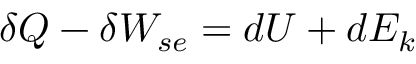
\delta Q - \delta W _ { s e } = d U + d E _ { k }